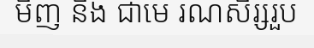
មិញ និង ជាមេ រណសិរ្សរួប